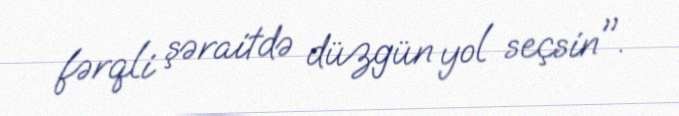
fərqli şəraitdə düzgün yol seçsin".